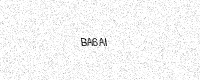
Text: BA6AI